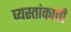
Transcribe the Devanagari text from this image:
व्यस्तांकांची